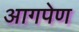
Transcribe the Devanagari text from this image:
आगपेण